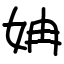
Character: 姌